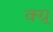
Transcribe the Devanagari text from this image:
क्ग्र्